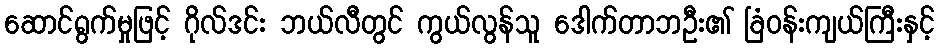
ဆောင်ရွက်မှုဖြင့် ဂိုလ်ဒင်း ဘယ်လီတွင် ကွယ်လွန်သူ ဒေါက်တာဘဦး၏ ခြံဝန်းကျယ်ကြီးနှင့်